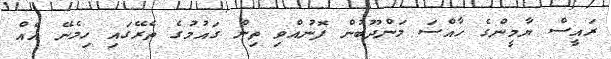
ރައީސް ޔާމީންގެ ހާއްސަ މަންދޫބުން ފޮނުއްވި ތިން ގައުމުގެ ތެރޭގައި ހިމެނޭ އެއް